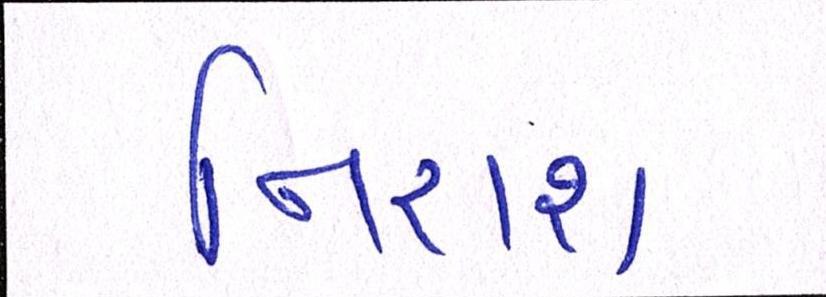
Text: નિરાશ